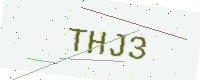
Text: THJ3